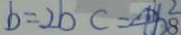
b = 2 b c = 4 b ^ { 2 } 8